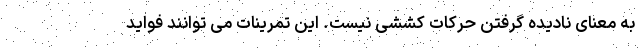
به معنای نادیده گرفتن حرکات کششی نیست. این تمرینات می توانند فواید